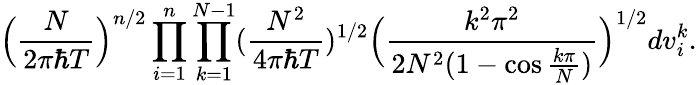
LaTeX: \Big(\frac{N}{2\pi\hbar T}\Big)^{n/2}\prod_{i=1}^{n}\prod_{k=1}^{N-1}(\frac{N^{2}}{4\pi\hbar T})^{1/2}\Big(\frac{k^{2}\pi^{2}}{2N^{2}(1-\cos\frac{k\pi}{N})}\Big)^{1/2}dv_{i}^{k}.